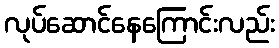
လုပ်ဆောင်နေကြောင်းလည်း